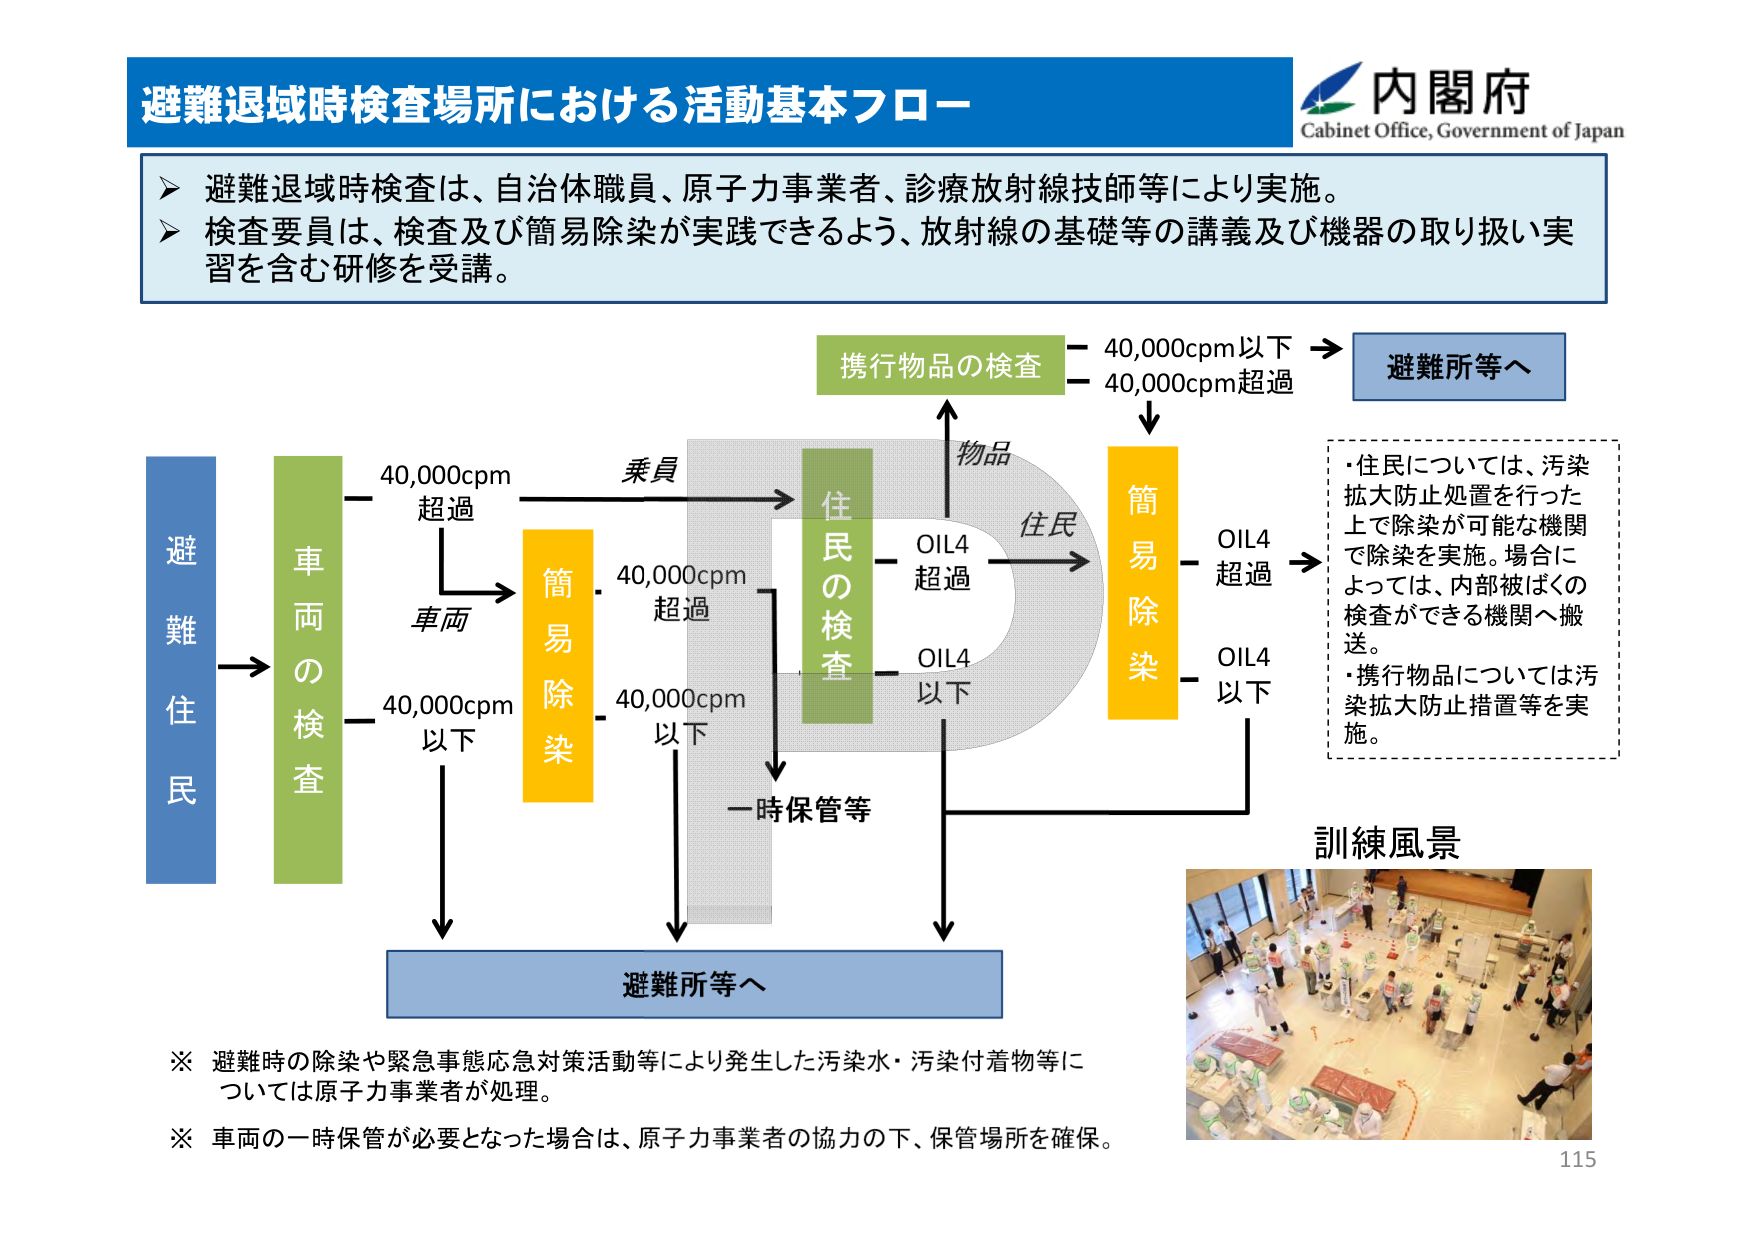
避難退域時検査場所における活動基本フロー
内閣府
Cabinet Office, Government of Japan

➤ 避難退域時検査は、自治体職員、原子力事業者、診療放射線技師等により実施。
➤ 検査要員は、検査及び簡易除染が実践できるよう、放射線の基礎等の講義及び機器の取り扱い実習を含む研修を受講。

避難住民
→ 車両の検査
　　40,000cpm 超過 → 簡易除染
　　40,000cpm 以下 → 避難所等へ

　　乗員 → 住民の検査
　　　　　　40,000cpm 超過 → 簡易除染
　　　　　　40,000cpm 以下 → 一時保管等 → 避難所等へ

　　物品 → 携行物品の検査
　　　　　　40,000cpm 以下 → 避難所等へ
　　　　　　40,000cpm 超過 → 簡易除染
　　　　　　　　　　　　　　OIL4 超過 → 住民については、汚染拡大防止処置を行った上で除染が可能な機関で除染を実施。場合によっては、内部被ばくの検査ができる機関へ搬送。
　　　　　　　　　　　　　　OIL4 以下 → 携行物品については汚染拡大防止措置等を実施。

※ 避難時の除染や緊急事態応急対策活動等により発生した汚染水・汚染付着物等については原子力事業者が処理。
※ 車両の一時保管が必要となった場合は、原子力事業者の協力の下、保管場所を確保。

訓練風景
115